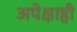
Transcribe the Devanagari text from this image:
अपेक्षाही